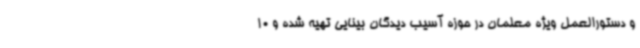
و دستورالعمل ویژه معلمان در حوزه آسیب دیدگان بینایی تهیه شده و 10